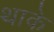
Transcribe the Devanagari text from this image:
थाके